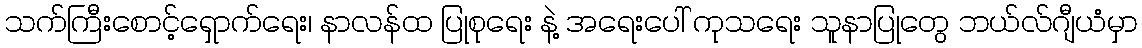
သက်ကြီးစောင့်ရှောက်ရေး၊ နာလန်ထ ပြုစုရေး နဲ့ အရေးပေါ် ကုသရေး သူနာပြုတွေ ဘယ်လ်ဂျီယံမှာ